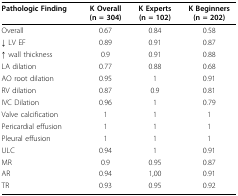
| Pathologic Finding | K Overall(n = 304) | K Experts(n = 102) | K Beginners(n = 202) |
 | --- | --- | --- | --- |
 | Overall | 0.67 | 0.84 | 0.58 |
 | ↓ LV EF | 0.89 | 0.91 | 0.87 |
 | ↑ wall thickness | 0.9 | 0.91 | 0.88 |
 | LA dilation | 0.77 | 0.88 | 0.68 |
 | AO root dilation | 0.95 | 1 | 0.91 |
 | RV dilation | 0.87 | 0.9 | 0.81 |
 | IVC Dilation | 0.96 | 1 | 0.79 |
 | Valve calcification | 1 | 1 | 1 |
 | Pericardial effusion | 1 | 1 | 1 |
 | Pleural effusion | 1 | 1 | 1 |
 | ULC | 0.94 | 1 | 0.91 |
 | MR | 0.9 | 0.95 | 0.87 |
 | AR | 0.94 | 1,00 | 0.91 |
 | TR | 0.93 | 0.95 | 0.92 |